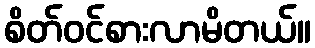
စိတ်ဝင်စားလာမိတယ်။